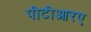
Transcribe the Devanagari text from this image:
पीटीआरए